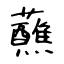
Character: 蘸